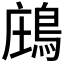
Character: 𪁈